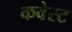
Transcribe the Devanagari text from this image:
कवेस्ट